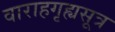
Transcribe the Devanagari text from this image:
वाराहगृह्यसूत्र